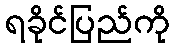
ရခိုင်ပြည်ကို